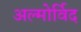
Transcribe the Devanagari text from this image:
अल्मोर्विद